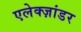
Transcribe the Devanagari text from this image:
एलेक्ज़ांडर